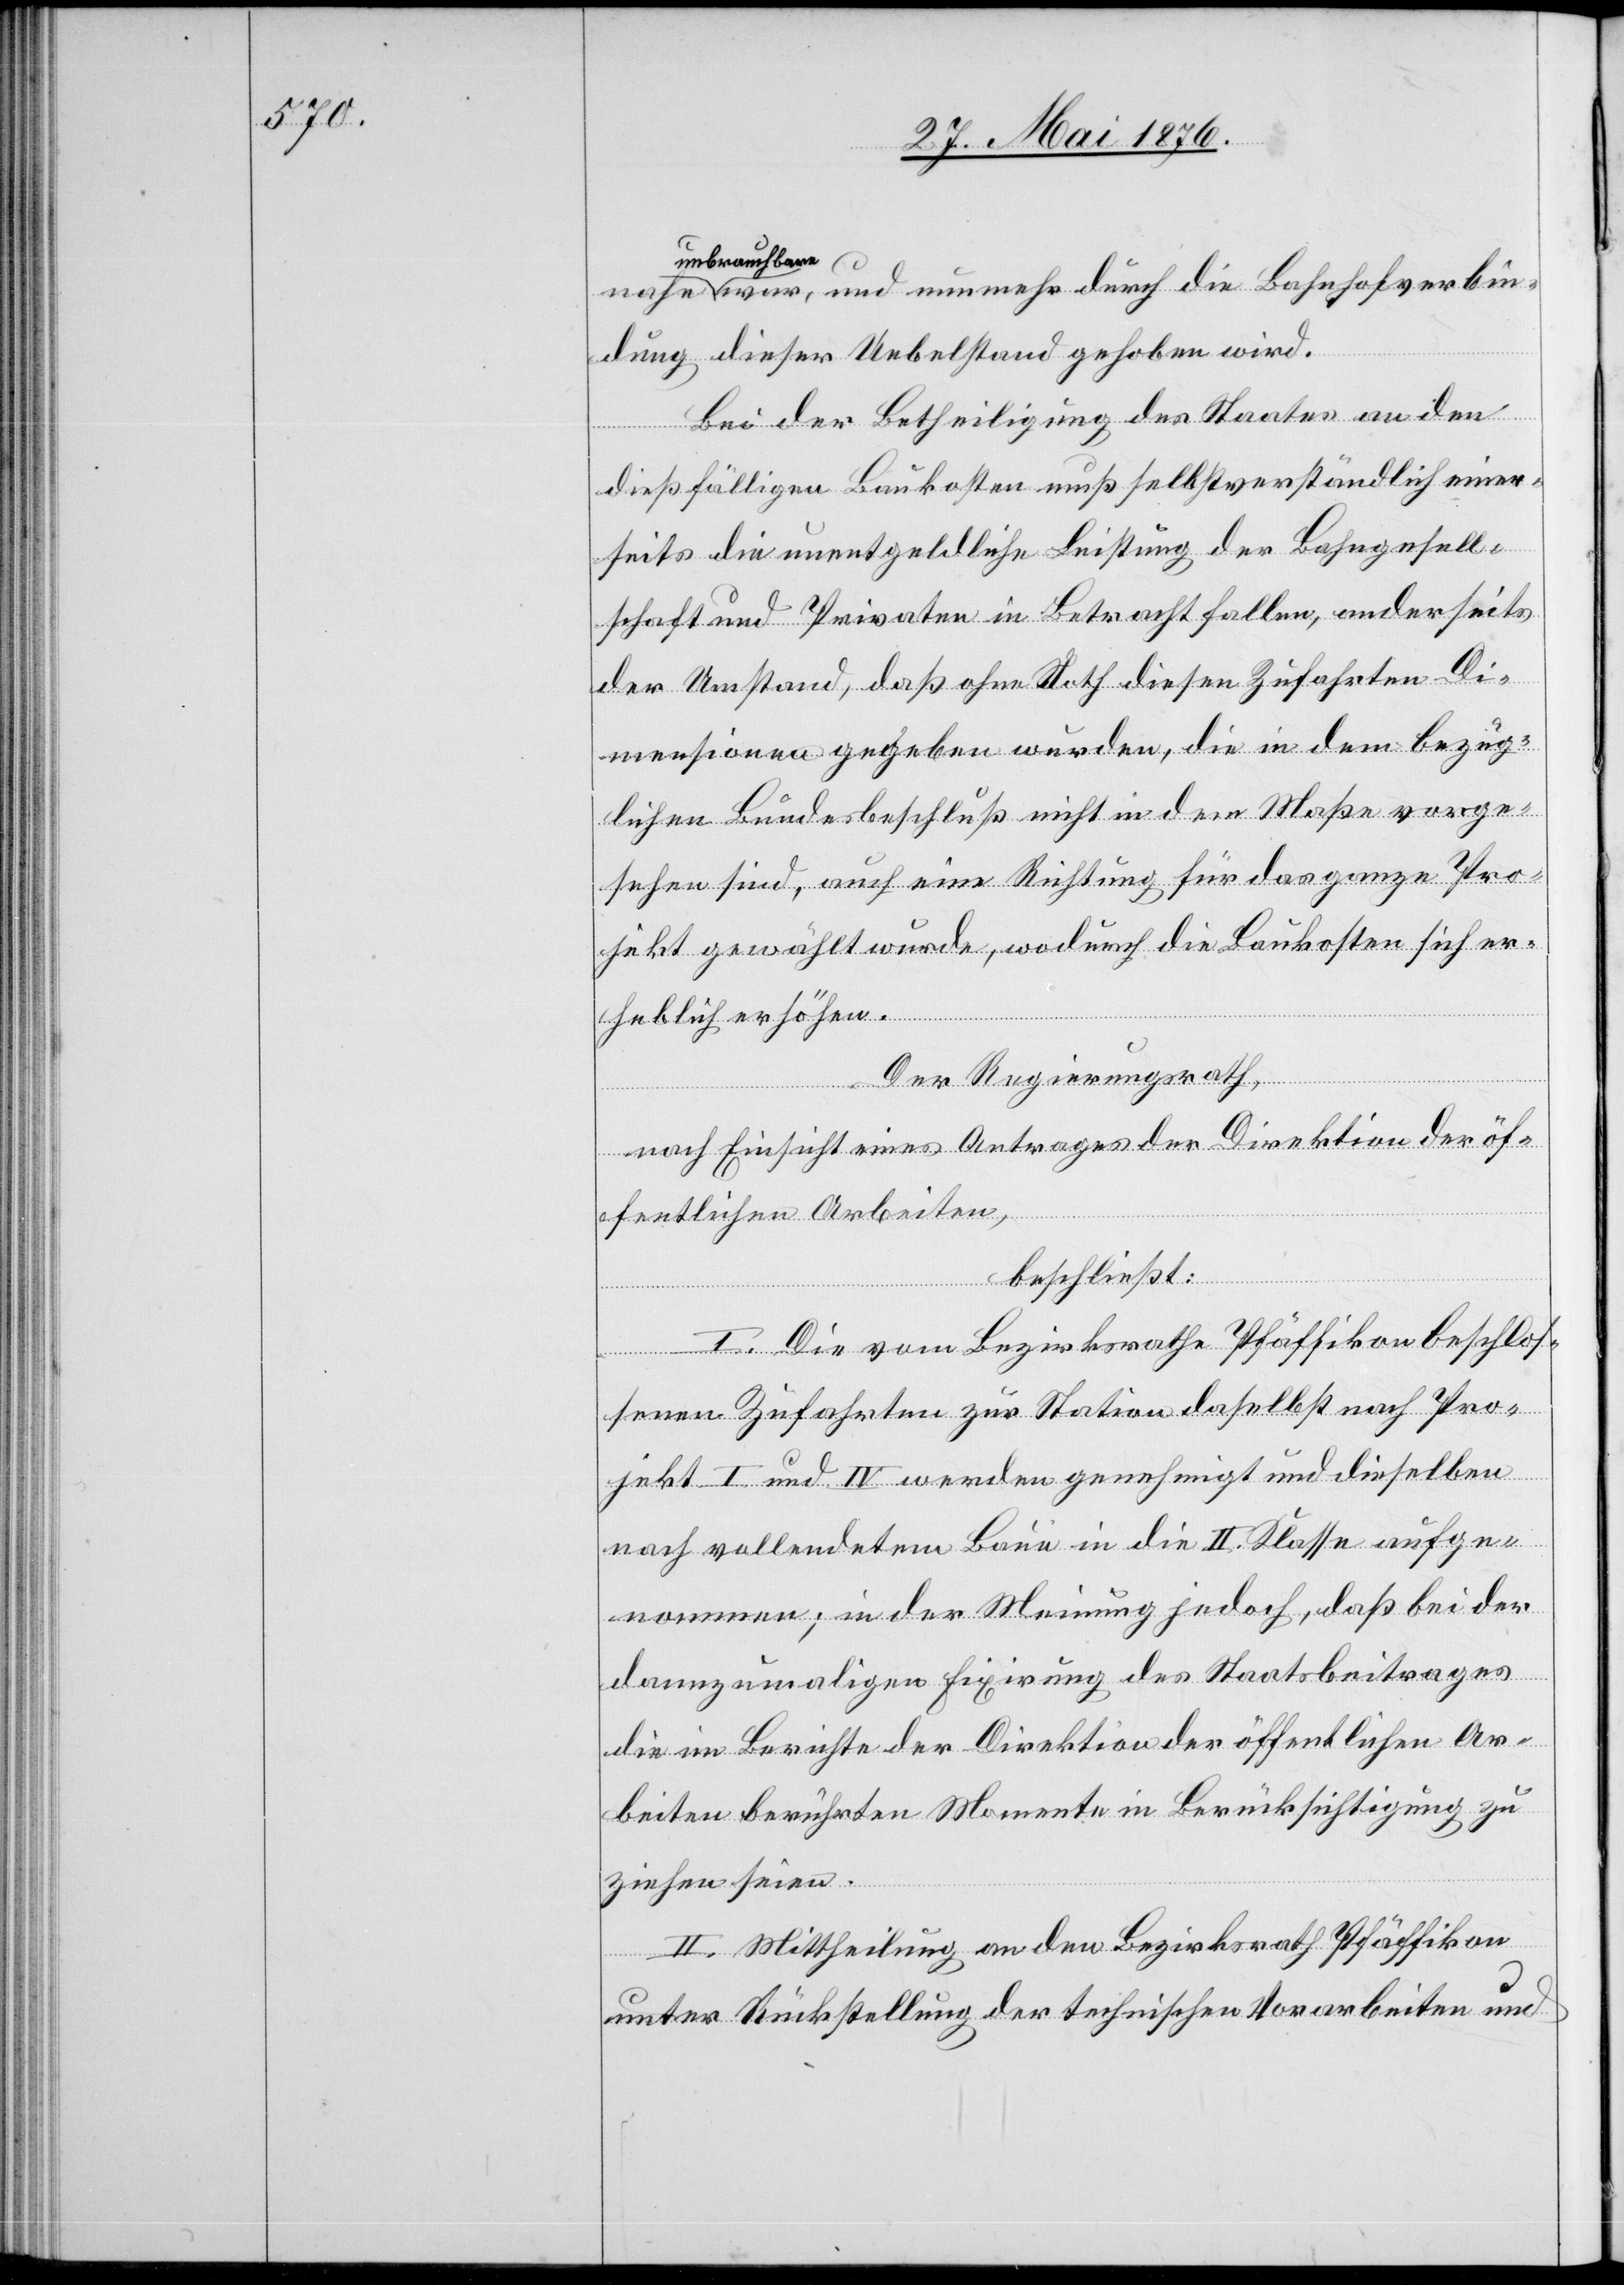
unbrauchbare
a war, und nunmehr durch die Bahnhofverbin¬
dung dieser Uebelstand gehoben wird.
Bei der Betheiligung des Staates an den
dießfälligen Baukosten muß selbstverständlich einer¬
seits die unentgeldliche Leistung der Bahngesell¬
schaft und Privaten in Betracht fallen, anderseits
der Umstand, daß ohne Noth diesen Zufahrten Di¬
mensionen gegeben wurden, die in dem bezüg¬
lichen Bundesbeschluß nicht in dem Maße vorge¬
sehen sind, auch eine Richtung für das ganze Pro¬
jekt gewählt wurde, wodurch die Baukosten sich er¬
heblich erhöhen.
Der Regierungsrath,
nach Einsicht eines Antrages der Direktion der öf¬
fentlichen Arbeiten,
beschließt:
I. Die vom Bezirksrathe Pfäffikon beschlos¬
senen Zufahrten zur Station daselbst nach Pro¬
jekt I und IV werden genehmigt und dieselben
nach vollendetem Baue in die II. Klasse aufge¬
nommen; in der Meinung jedoch, daß bei der
dannzumaligen Fixirung des Staatsbeitrages
die im Berichte der Direktion der öffentlichen Ar¬
beiten berührten Momente in Berücksichtigung zu
a
ziehen seien.
II. Mittheilung an den Bezirksrath Pfäffikon
unter Rückstellung der technischen Vorarbeiten und